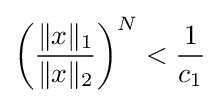
\left({\frac {\|x\|_{1}}{\|x\|_{2}}}\right)^{N}<{\frac {1}{c_{1}}}